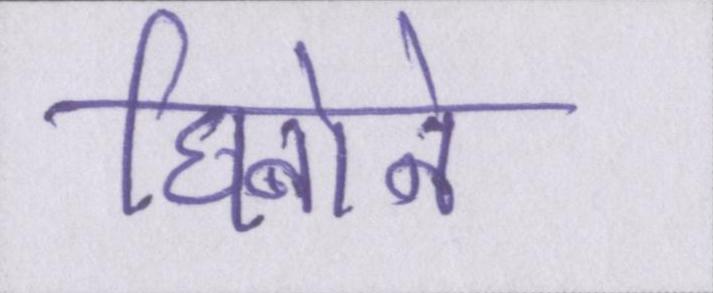
घिनोने